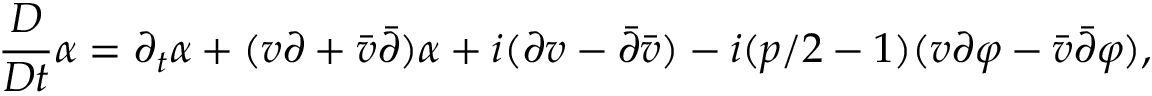
\frac { D } { D t } \alpha = \partial _ { t } \alpha + ( v \partial + \bar { v } \bar { \partial } ) \alpha + i ( \partial v - \bar { \partial } \bar { v } ) - i ( p / 2 - 1 ) ( v \partial \varphi - \bar { v } \bar { \partial } \varphi ) ,